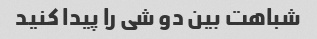
شباهت بین دو شی را پیدا کنید